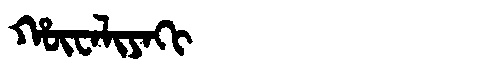
Manchu: ᡥᡡᠸᠠᠯᡳᠶᠠᡴᡳ
Romanization: HŪWALIYAKI